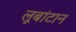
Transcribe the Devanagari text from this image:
लूबांटान